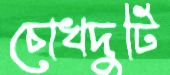
চোখদুটি